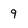
Character: 9